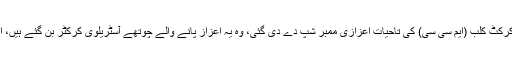
2016ء) آسٹریلوی ٹیم کے سابق کپتان اور مایہ ناز بلے باز مائیکل کلارک کو میلبورن کرکٹ کلب (ایم سی سی) کی تاحیات اعزازی ممبر شپ دے دی گئی، وہ یہ اعزاز پانے والے چوتھے آسٹریلوی کرکٹر بن گئے ہیں، اس سے قبل شین وارن، رکی پونٹنگ اور گلین میگراتھ بھی یہ اعزاز حاصل کر چکے ہیں۔